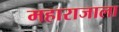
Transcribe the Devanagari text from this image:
महाराजाला